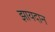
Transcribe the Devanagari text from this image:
झायदान